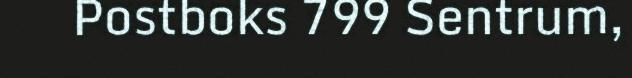
Postboks 799 Sentrum,